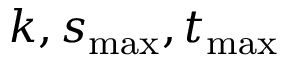
k , s _ { \mathrm { m a x } } , t _ { \mathrm { m a x } }